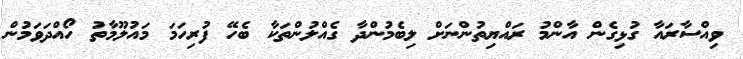
ވިއްސާރައާ ގުޅިގެން އާންމު ރައްޔިތުންނަށް ލިބެމުންދާ ގެއްލުންތަކާ ބެހޭ ފުރިހަމަ މައުލޫމާތު ހޯއްދަވަމުން